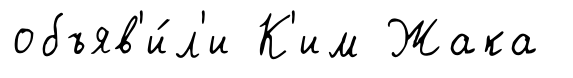
объяв'и́л'и К'им Жака